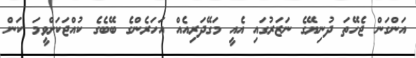
އަންގަން ޖެހޭތަ ދުނިޔޭގެ ނަޒަރުގައި އެއީ މަގޭދަރިއެއް އަހަރެންގެ ބޭބެގެ ކުއްޖަކަށްވީމަ ކަން